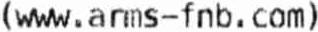
(WWW. ANMS-FNB . COM)